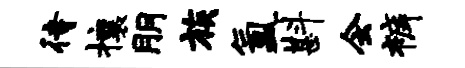
待攘朋族氲斟会裤